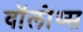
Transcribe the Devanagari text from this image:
वॉलोय्स